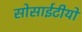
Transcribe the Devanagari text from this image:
सोसाईटीयों